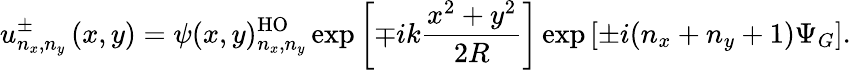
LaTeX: u_{n_{x},n_{y}}^{\pm}\left(x,y\right)=\psi(x,y)_{n_{x},n_{y}}^{\mathrm{HO}}\exp\left[\mp ik\frac{x^{2}+y^{2}}{2R}\right]\exp\left[\pm i(n_{x}+n_{y}+1)\Psi_{G}\right].